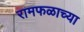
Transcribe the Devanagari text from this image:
रामफळाच्या